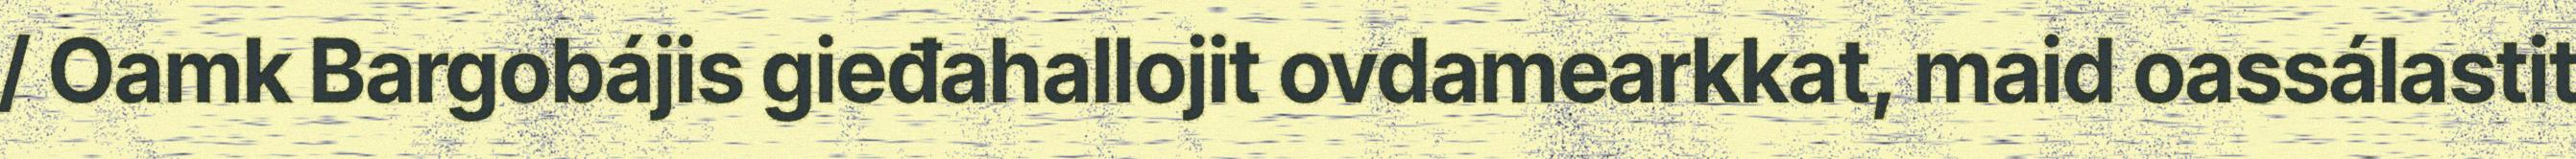
/ Oamk Bargobájis gieđahallojit ovdamearkkat, maid oassálastit